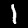
Label: 1